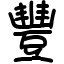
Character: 豐